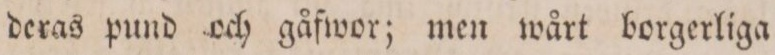
deras pund och gåfwor; men wårt borgerliga